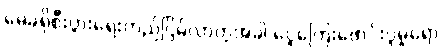
မေခရိုစီးပွားရေးတည်ငြိမ်လာတဲ့အခါ ငွေကြေးဖောင်းပွမှုရော